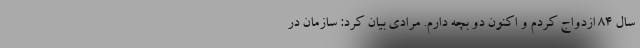
سال ۸۴ ازدواج کردم و اکنون دو بچه دارم. مرادی بیان کرد: سازمان در